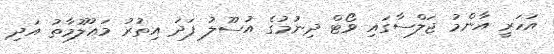
އަހަރީ އާންމު ޖަލްސާގައި ވޯޓް ދިނުމުގެ އުސޫލު ފަދަ އިތުރު މަޢުލޫމާތު އަދި